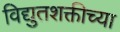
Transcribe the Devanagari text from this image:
विद्युतशक्तीच्या